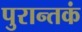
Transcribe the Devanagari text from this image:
पुरान्तकं